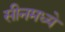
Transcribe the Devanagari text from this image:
सीनमध्ये